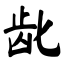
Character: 龀